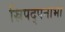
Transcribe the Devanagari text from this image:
स्रिपद्पनाभा